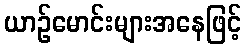
ယာဉ်မောင်းများအနေဖြင့်